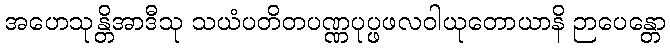
အဟေသုန္တိအာဒီသု သယံပတိတပဏ္ဏပုပ္ဖဖလဝါယုတောယာနိ ဉာပေန္တော